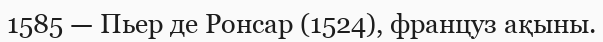
1585 — Пьер де Ронсар (1524), француз ақыны.